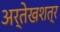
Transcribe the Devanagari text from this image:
अर्तेखशत्र